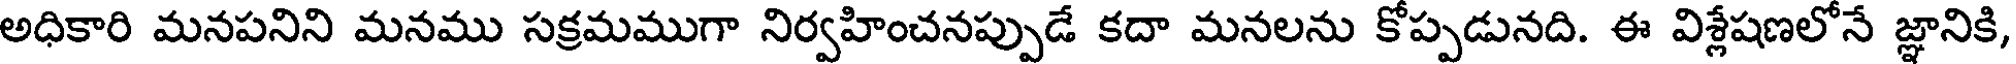
అధికారి మనపనిని మనము సక్రమముగా నిర్వహించనప్పుడే కదా మనలను కోప్పడునది. ఈ విశ్లేషణలోనే జ్ఞానికి,